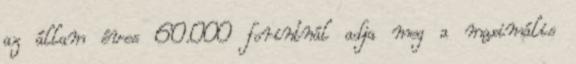
az állam éves 60.000 forintnál adja meg a maximális